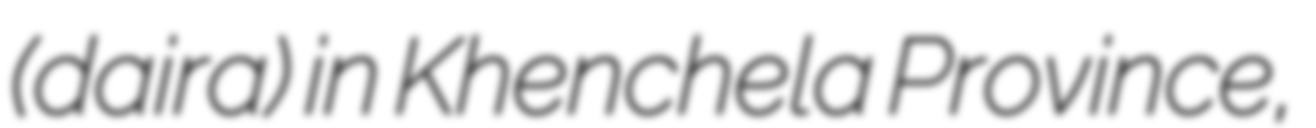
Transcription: (daira) in Khenchela Province,